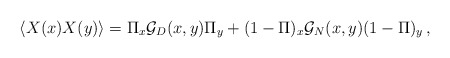
\begin{align*}\langle X (x) X(y) \rangle = \Pi_x {\cal G}_D(x,y) \Pi_y+(1-\Pi )_x {\cal G}_N(x,y) (1-\Pi )_y \,, \end{align*}